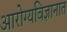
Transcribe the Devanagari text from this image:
आरोग्यविज्ञानात